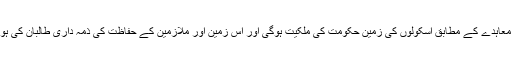
اس معاہدے کے مطابق اسکولوں کی زمین حکومت کی ملکیت ہوگی اور اس زمین اور ملازمین کے حفاظت کی ذمہ داری طالبان کی ہوگی۔